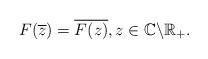
LaTeX: \begin{align*}F(\overline{z})=\overline{F(z)},z\in\mathbb{C}\backslash\mathbb{R}_{+}.\end{align*}